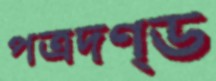
পত্রদণ্ড